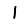
Digit: 1